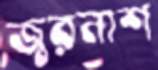
জ্বরনাশ